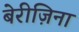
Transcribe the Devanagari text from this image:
बेरीज़िना